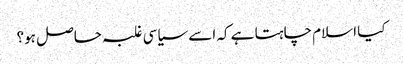
کیا اسلام چاہتا ہے کہ اسے سیاسی غلبہ حاصل ہو؟